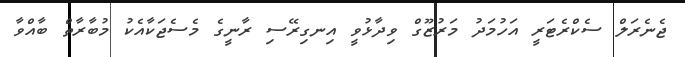
ޖެނެރަލް ސެކްރެޓަރީ އަހުމަދު މަރުޒޫގް ވިދާޅުވީ އިނގިރޭސި ރާނީގެ މެސެޖަކާއެކު މުބާރާތް ބާއްވާ